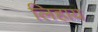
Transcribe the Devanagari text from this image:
लिहाय